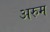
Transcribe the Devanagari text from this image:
अरुम